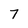
Character: 7